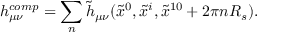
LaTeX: h _ { \mu \nu } ^ { c o m p } = \sum _ { n } \tilde { h } _ { \mu \nu } ( \tilde { x } ^ { 0 } , \tilde { x } ^ { i } , \tilde { x } ^ { 1 0 } + 2 \pi n R _ { s } ) .